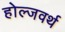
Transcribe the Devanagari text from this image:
होल्जवर्थ